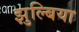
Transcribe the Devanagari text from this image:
झुल्बिया